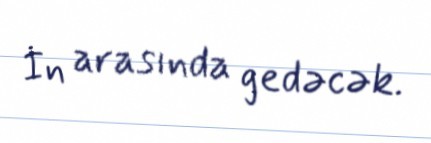
İn arasında gedəcək.